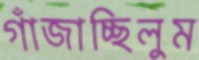
গাঁজাচ্ছিলুম